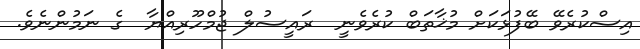
އިސްކުރެވޭ ބޭފުޅަކަށް މުޚާތަބް ކުރެވެނީ  ރައީސުލް ޖުމްހޫރިއްޔާ  ގެ ނަމުންނެވެ.